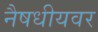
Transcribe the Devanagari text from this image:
नैषधीयवर